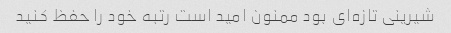
شیرینی تازه‌ای بود ممنون امید است رتبه خود را حفظ کنید